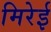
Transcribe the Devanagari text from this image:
मिरेई